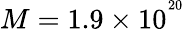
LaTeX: M=1.9\times 10^{^{20}}